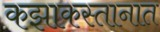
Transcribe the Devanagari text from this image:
कझाकस्तानात